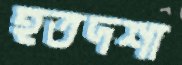
হতদশা